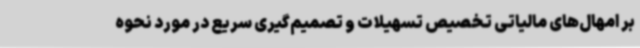
بر امهال‌های مالیاتی تخصیص تسهیلات و تصمیم‌گیری سریع در مورد نحوه